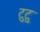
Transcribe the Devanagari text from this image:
टुटु